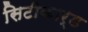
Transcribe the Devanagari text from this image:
सिटीकार्ड